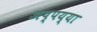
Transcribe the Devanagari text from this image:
अप्पय्या